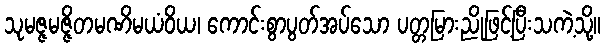
သုမဇ္ဇမဇ္ဇိတမဏိမယံဝိယ၊ ကောင်းစွာပွတ်အပ်သော ပတ္တမြားညိုဖြင့်ပြီးသကဲ့သို့။